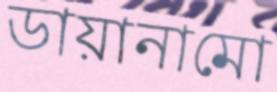
ডায়ানামো